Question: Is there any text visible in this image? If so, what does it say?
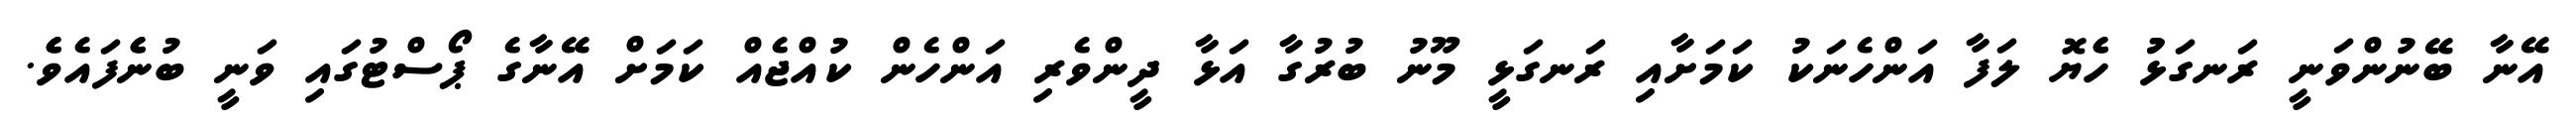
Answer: އޭނާ ބޭނުންވަނީ ރަނގަޅުު ހެެޔޮ ލަފާ އަންހެނަކު ކަމަށާއި ރަނގަޅީ މޫނު ބުރުގާ އަޅާ ދީންވެރި އަންހެން ކުއްޖެއް ކަމަށް އޭނާގެ ޕޯސްޓުގައި ވަނީ ބުނެެފައެވެެ.